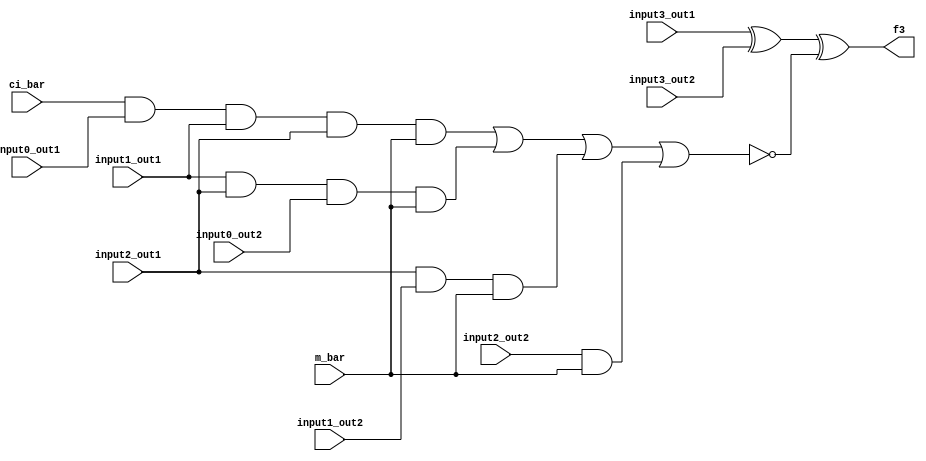
module out_section_f3 (
    input   m_bar,
    input   ci_bar,
    input   input3_out1,
    input   input3_out2,
    input   input2_out1,
    input   input2_out2,
    input   input1_out1,
    input   input1_out2,
    input   input0_out1,
    input   input0_out2,
    output  f3);

assign f3 = ((input3_out1 ^ input3_out2) ^ ~((ci_bar & input0_out1 & input1_out1 & input2_out1 & m_bar) | (input1_out1 & input2_out1 & input0_out2 & m_bar) | (input2_out1 & input1_out2 & m_bar) | (input2_out2 & m_bar)));

endmodule